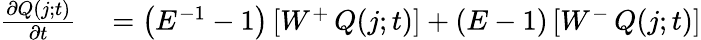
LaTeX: \begin{array}{rl}{\frac{\partial Q(j;t)}{\partial t}}&{{}=\left(E^{-1}-1\right)\left[W^{+}\thinspace Q(j;t)\right]+\left(E-1\right)\left[W^{-}\thinspace Q(j;t)\right]}\end{array}